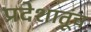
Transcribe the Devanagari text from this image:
प्रदेशातूंच